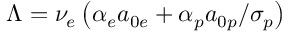
\Lambda = \nu _ { e } \left( \alpha _ { e } a _ { 0 e } + \alpha _ { p } a _ { 0 p } / \sigma _ { p } \right)